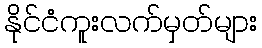
နိုင်ငံကူးလက်မှတ်များ